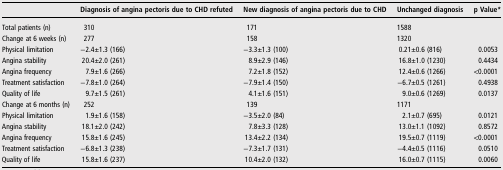
<table><thead><tr><td></td><td><b>Diagnosis of angina pectoris due to CHD refuted</b></td><td><b>New diagnosis of angina pectoris due to CHD</b></td><td><b>Unchanged diagnosis</b></td><td><b>p Value*</b></td></tr></thead><tbody><tr><td>Total patients (n)</td><td>310</td><td>171</td><td>1588</td><td></td></tr><tr><td>Change at 6 weeks (n)</td><td>277</td><td>158</td><td>1320</td><td></td></tr><tr><td>Physical limitation</td><td>−2.4±1.3 (166)</td><td>−3.3±1.3 (100)</td><td>0.21±0.6 (816)</td><td>0.0053</td></tr><tr><td>Angina stability</td><td>20.4±2.0 (261)</td><td>8.9±2.9 (146)</td><td>16.8±1.0 (1230)</td><td>0.4434</td></tr><tr><td>Angina frequency</td><td>7.9±1.6 (266)</td><td>7.2±1.8 (152)</td><td>12.4±0.6 (1266)</td><td>&lt;0.0001</td></tr><tr><td>Treatment satisfaction</td><td>−7.8±1.0 (264)</td><td>−7.9±1.4 (150)</td><td>−6.7±0.5 (1261)</td><td>0.4938</td></tr><tr><td>Quality of life</td><td>9.7±1.5 (261)</td><td>4.1±1.6 (151)</td><td>9.0±0.6 (1269)</td><td>0.0137</td></tr><tr><td>Change at 6 months (n)</td><td>252</td><td>139</td><td>1171</td><td></td></tr><tr><td>Physical limitation</td><td>1.9±1.6 (158)</td><td>−3.5±2.0 (84)</td><td>2.1±0.7 (695)</td><td>0.0121</td></tr><tr><td>Angina stability</td><td>18.1±2.0 (242)</td><td>7.8±3.3 (128)</td><td>13.0±1.1 (1092)</td><td>0.8572</td></tr><tr><td>Angina frequency</td><td>15.8±1.6 (245)</td><td>13.4±2.2 (134)</td><td>19.5±0.7 (1119)</td><td>&lt;0.0001</td></tr><tr><td>Treatment satisfaction</td><td>−6.8±1.3 (238)</td><td>−7.3±1.7 (131)</td><td>−4.4±0.5 (1116)</td><td>0.0510</td></tr><tr><td>Quality of life</td><td>15.8±1.6 (237)</td><td>10.4±2.0 (132)</td><td>16.0±0.7 (1115)</td><td>0.0060</td></tr></tbody></table>